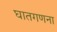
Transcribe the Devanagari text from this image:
घातगणना